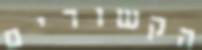
הקשורים